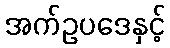
အက်ဥပဒေနှင့်